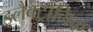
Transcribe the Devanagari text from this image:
इलैक्ट्रोनिक